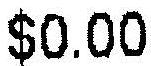
$0.00